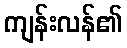
ကျန်းလန်၏